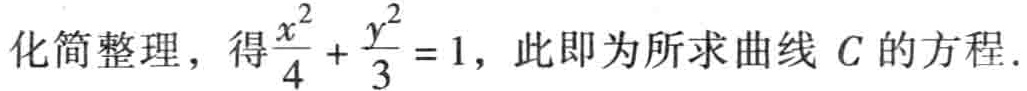
化简整理，得$\frac{x^{2}}{4}+\frac{y^{2}}{3}=1$，此即为所求曲线$C$的方程.